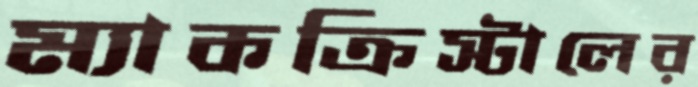
ম্যাকক্রিস্টালের